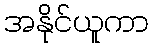
အနိုင်ယူကာ